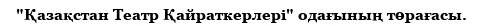
"Қазақстан Театр Қайраткерлері" одағының төрағасы.